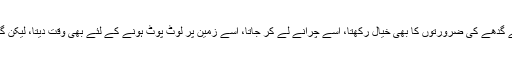
گدھے سے چونکہ کام لیتا تھا اور آدمی شریف تھا، اس لئے گدھے کی ضرورتوں کا بھی خیال رکھتا، اسے چرانے لے کر جاتا، اسے زمین پر لوٹ پوٹ ہونے کے لئے بھی وقت دیتا، لیکن گدھا گاہے بگاہے اپنے شریف مالک کا استحصال کرتا رہتا۔